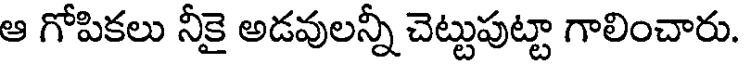
ఆ గోపికలు నీకై అడవులన్నీ చెట్టుపుట్టా గాలించారు.